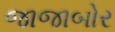
જાજાબોર